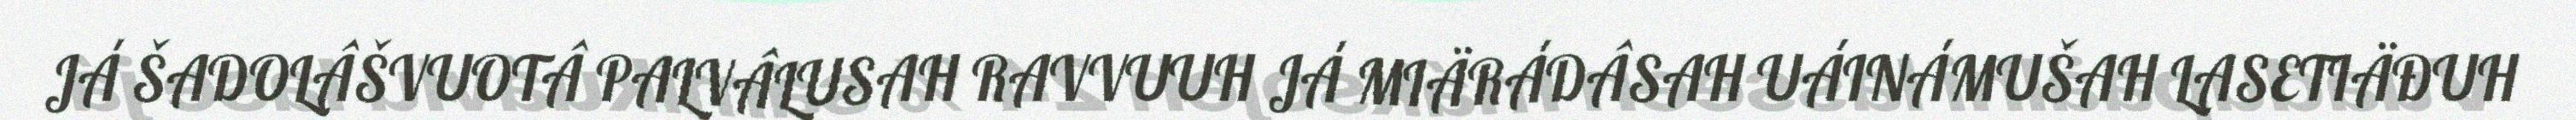
JÁ ŠADOLÂŠVUOTÂ PALVÂLUSAH RAVVUUH JÁ MIÄRÁDÂSAH UÁINÁMUŠAH LASETIÄĐUH